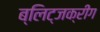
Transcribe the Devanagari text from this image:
ब्लिट्जक्रीग